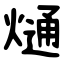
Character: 熥